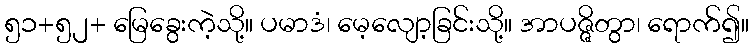
၅၁+၅၂+ မြေခွေးကဲ့သို့။ ပမာဒံ၊ မေ့လျော့ခြင်းသို့။ အာပဇ္ဇိတွာ၊ ရောက်၍။